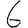
Digit: 6